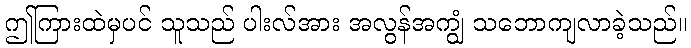
ဤကြားထဲမှပင် သူသည် ပါးလ်အား အလွန်အကျွံ သဘောကျလာခဲ့သည်။